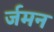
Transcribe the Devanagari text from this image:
र्जमन